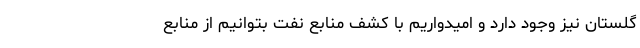
گلستان نیز وجود دارد و امیدواریم با کشف منابع نفت بتوانیم از منابع